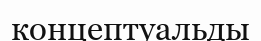
концептуальды